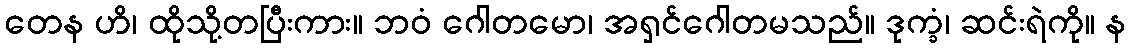
တေန ဟိ၊ ထိုသို့တပြီးကား။ ဘဝံ ဂေါတမော၊ အရှင်ဂေါတမသည်။ ဒုက္ခံ၊ ဆင်းရဲကို။ န